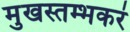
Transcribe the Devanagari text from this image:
मुखस्तम्भकरं